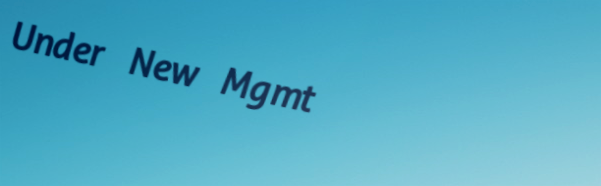
Under New Mgmt